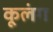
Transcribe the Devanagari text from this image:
कूलंग